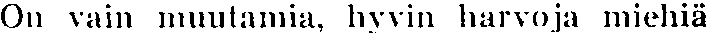
On vain muutamia, hyvin harvoja miehiä